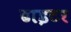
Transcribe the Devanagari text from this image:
ढाइटर